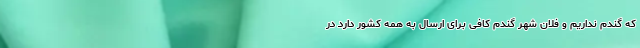
که گندم نداریم و فلان شهر گندم کافی برای ارسال به همه کشور دارد در